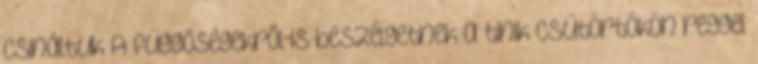
csináltuk A függőségekről is beszélgetnek a tinik Csütörtökön reggel